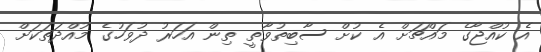
އެ ކުއްޖާގެ މައްޗަށް އެ ކުށް ސާބިތުވާތީ ތިން އަހަރު ދުވަހުގެ މުއްދަތަކަށް